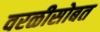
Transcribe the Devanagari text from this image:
वरळीसोबत